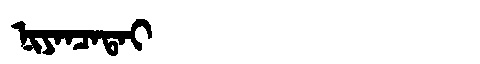
Manchu: ᠨᡳᠶᠠᠨᠴᠠᡨᠠᡳ
Romanization: NIYANCATAI